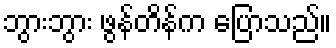
ဘွားဘွား ဖွန်တိန်က ပြောသည်။